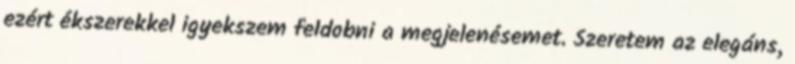
ezért ékszerekkel igyekszem feldobni a megjelenésemet. Szeretem az elegáns,